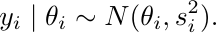
\begin{align*}%\label{rem1}
y_i\mid\theta_i\sim N(\theta_i, s_i^2).
\end{align*}